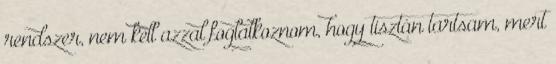
rendszer, nem kell azzal foglalkoznom, hogy tisztán tartsam, mert